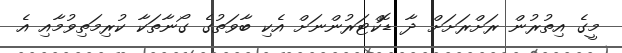
މީގެ އިތުރުން ރަށްރަށަށް ދާ ޑޮކްޓަރުންނަށް އެކި ބާވަތުގެ ގޯނާތަކާ ކުރިމަތިވުމާއި އެ